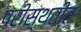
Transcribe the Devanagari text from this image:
परीस्थतीत